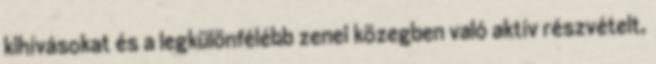
kihívásokat és a legkülönfélébb zenei közegben való aktív részvételt,